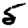
Digit: 5